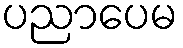
ပညာပေမ